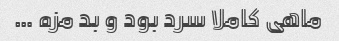
ماهی کاملا سرد بود و بد مزه …